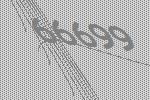
66699